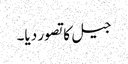
جیل کا تصور دیا۔